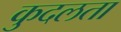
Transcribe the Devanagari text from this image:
कुदलता